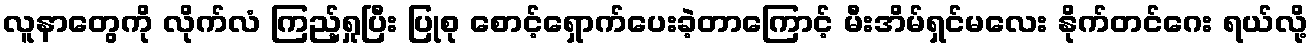
လူနာတွေကို လိုက်လံ ကြည့်ရှုပြီး ပြုစု စောင့်ရှောက်ပေးခဲ့တာကြောင့် မီးအိမ်ရှင်မလေး နိုက်တင်ဂေး ရယ်လို့